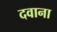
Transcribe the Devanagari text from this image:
दवाना